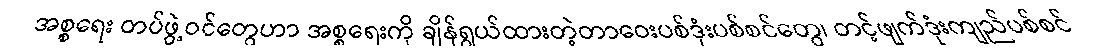
အစ္စရေး တပ်ဖွဲ့ဝင်တွေဟာ အစ္စရေးကို ချိန်ရွယ်ထားတဲ့တာဝေးပစ်ဒုံးပစ်စင်တွေ၊ တင့်ဖျက်ဒုံးကျည်ပစ်စင်